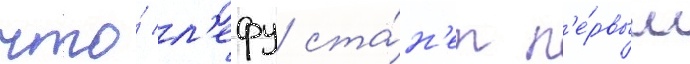
что́ л'ефу ста́н'ет п'е́рвым